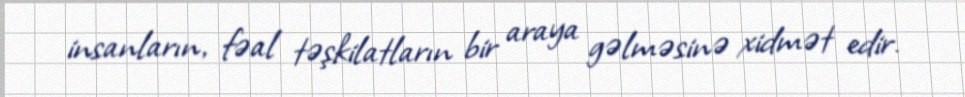
insanların, fəal təşkilatların bir araya gəlməsinə xidmət edir.